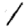
Digit: 1